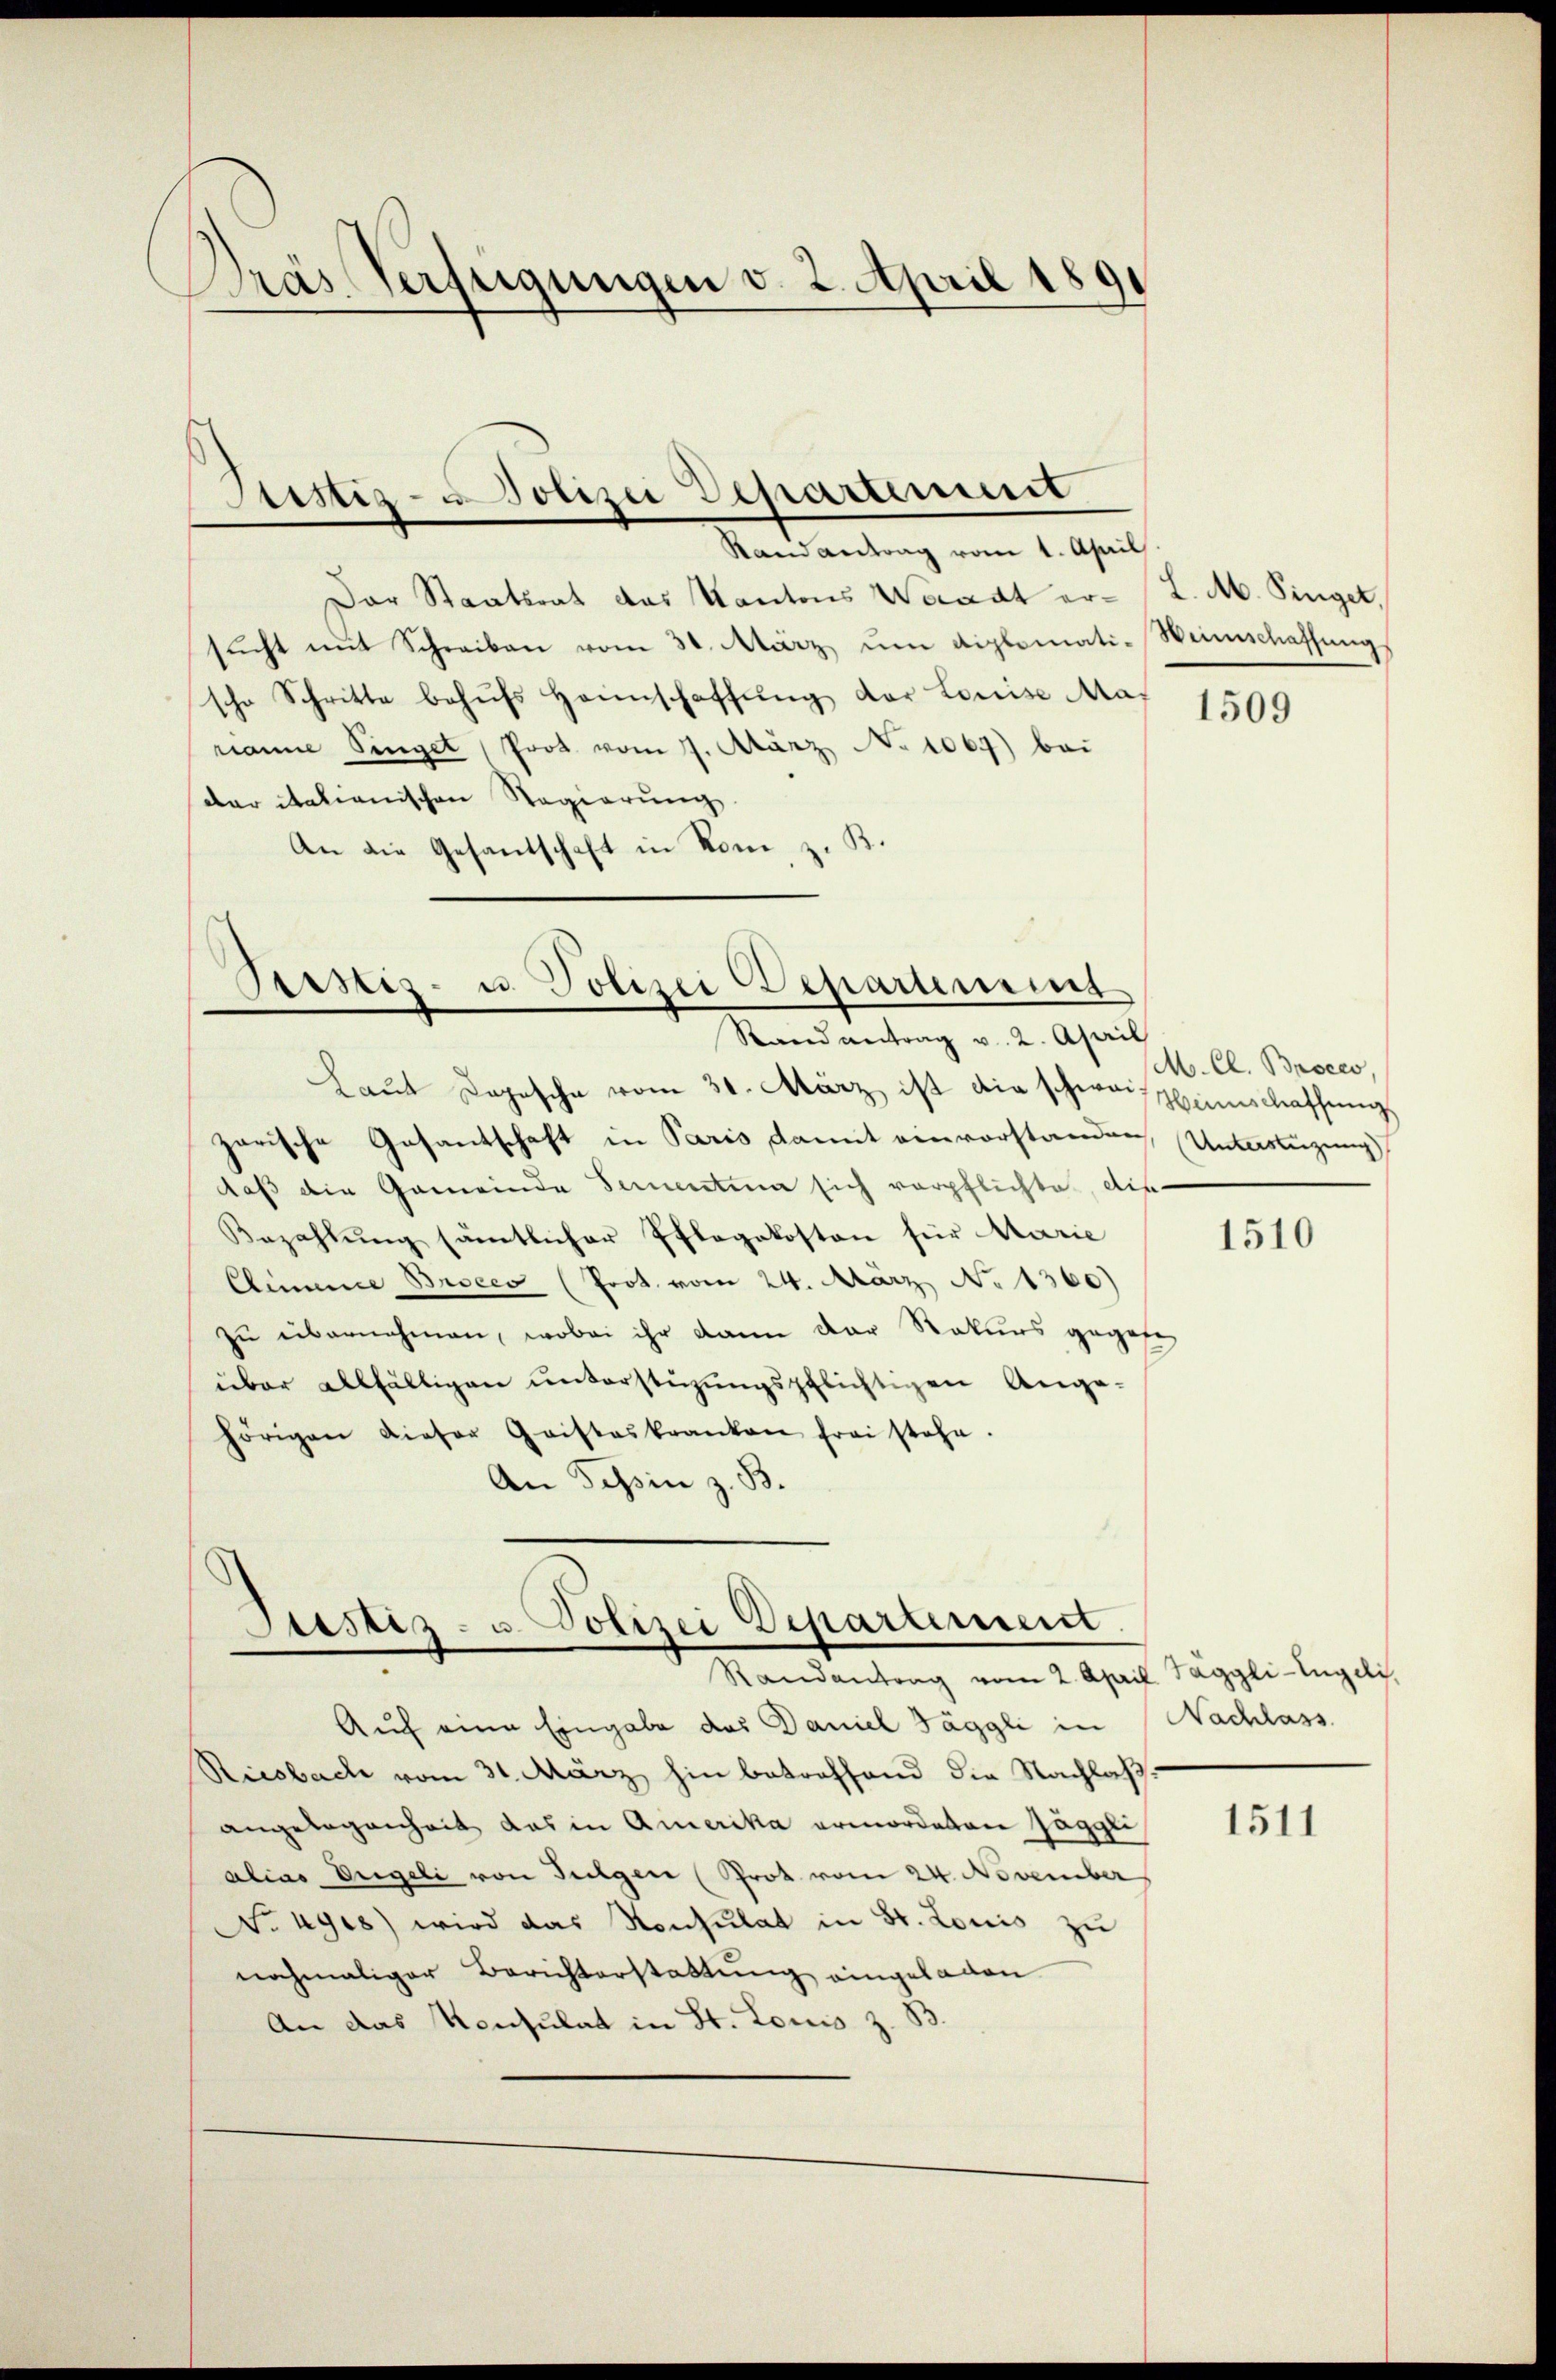
Pras Verfügungen v. 2. April 1891

Justiz- & Polizei Departement

Randantrag vom 1. April
Der Staatsrat das Kantons Waadt er- J. M. Singet,
sŭcht mit Schreiben vom 30. März ŭm diplomati-Weinschaffungs
scho Schritte behŭfs Heimschaffŭng der Louise Mas
nane Singel, Prot vom 7. März No 1067) bei
der italianischen Regierung
An die Gesandschaft in Rom, z. B.

Sistis- u. Polizei Departement
Rand antrag v. 2. April

Justiz- u. Polizei Departement.
Randantrag vom 2. April. Taggli-Engeli,

Laŭt Dopische vom 31. März ist die schwassenschaffŭng
zarische Gesantschaft in Paris damit einvorstanden Untertigung
daß die Gemeinde Serentima sich verpflichte, die
Bezahlŭng sämtlicher Pflegekosten für Marie
Climme Bescco (Prot. vom 24. März No 1360)
zu übernehmen, wobei ihr dann der Rekurs gegebe
über allfälligen ŭnterstüzungspflichtigen Ange-
hörigen dieser Gristeskranken frei stehe.
An Tessin z. B.

Auch eine Eingabe das Daniel Jäggli in Nachlass
Riesbach vom 31. März hin betreffend die Nachlaßangelegenheit das in Amerika ermordeten Jäggli
alias Engeli von Tulgen (Prot vom 24. November
No 49es) wird das Konsulat in St. Louis zu
nochmaliger Berichterstattung eingeladen
An das Konsulat in St. Louis z. B.

1509

M. Cl. Broces,

1510

1511